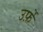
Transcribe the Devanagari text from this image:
उर्फ़े